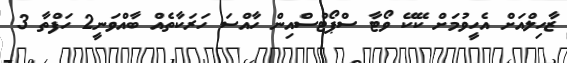
ޒާހިލްއަށް އެހީވުމަށް ކޭކޭ ވޯޓާ ސްޕޯޓްސްއިން ހާއްސަ ހަރަކާތެއް ބާއްވަނީ2 ހަފްތާ 3